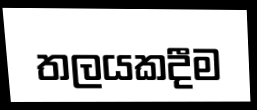
තලයකදීම